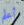
أعلم